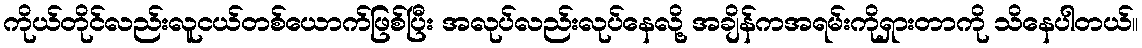
ကိုယ်တိုင်လည်းလူငယ်တစ်ယောက်ဖြစ်ပြီး အလုပ်လည်းလုပ်နေလို့ အချိန်ကအရမ်းကိုရှားတာကို သိနေပါတယ်။